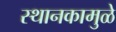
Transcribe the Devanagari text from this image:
स्थानकामुळे